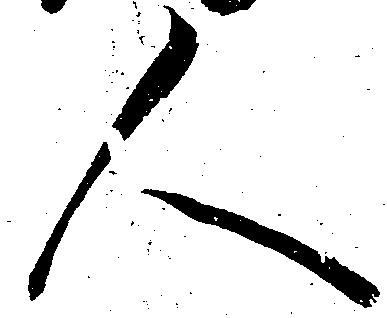
人